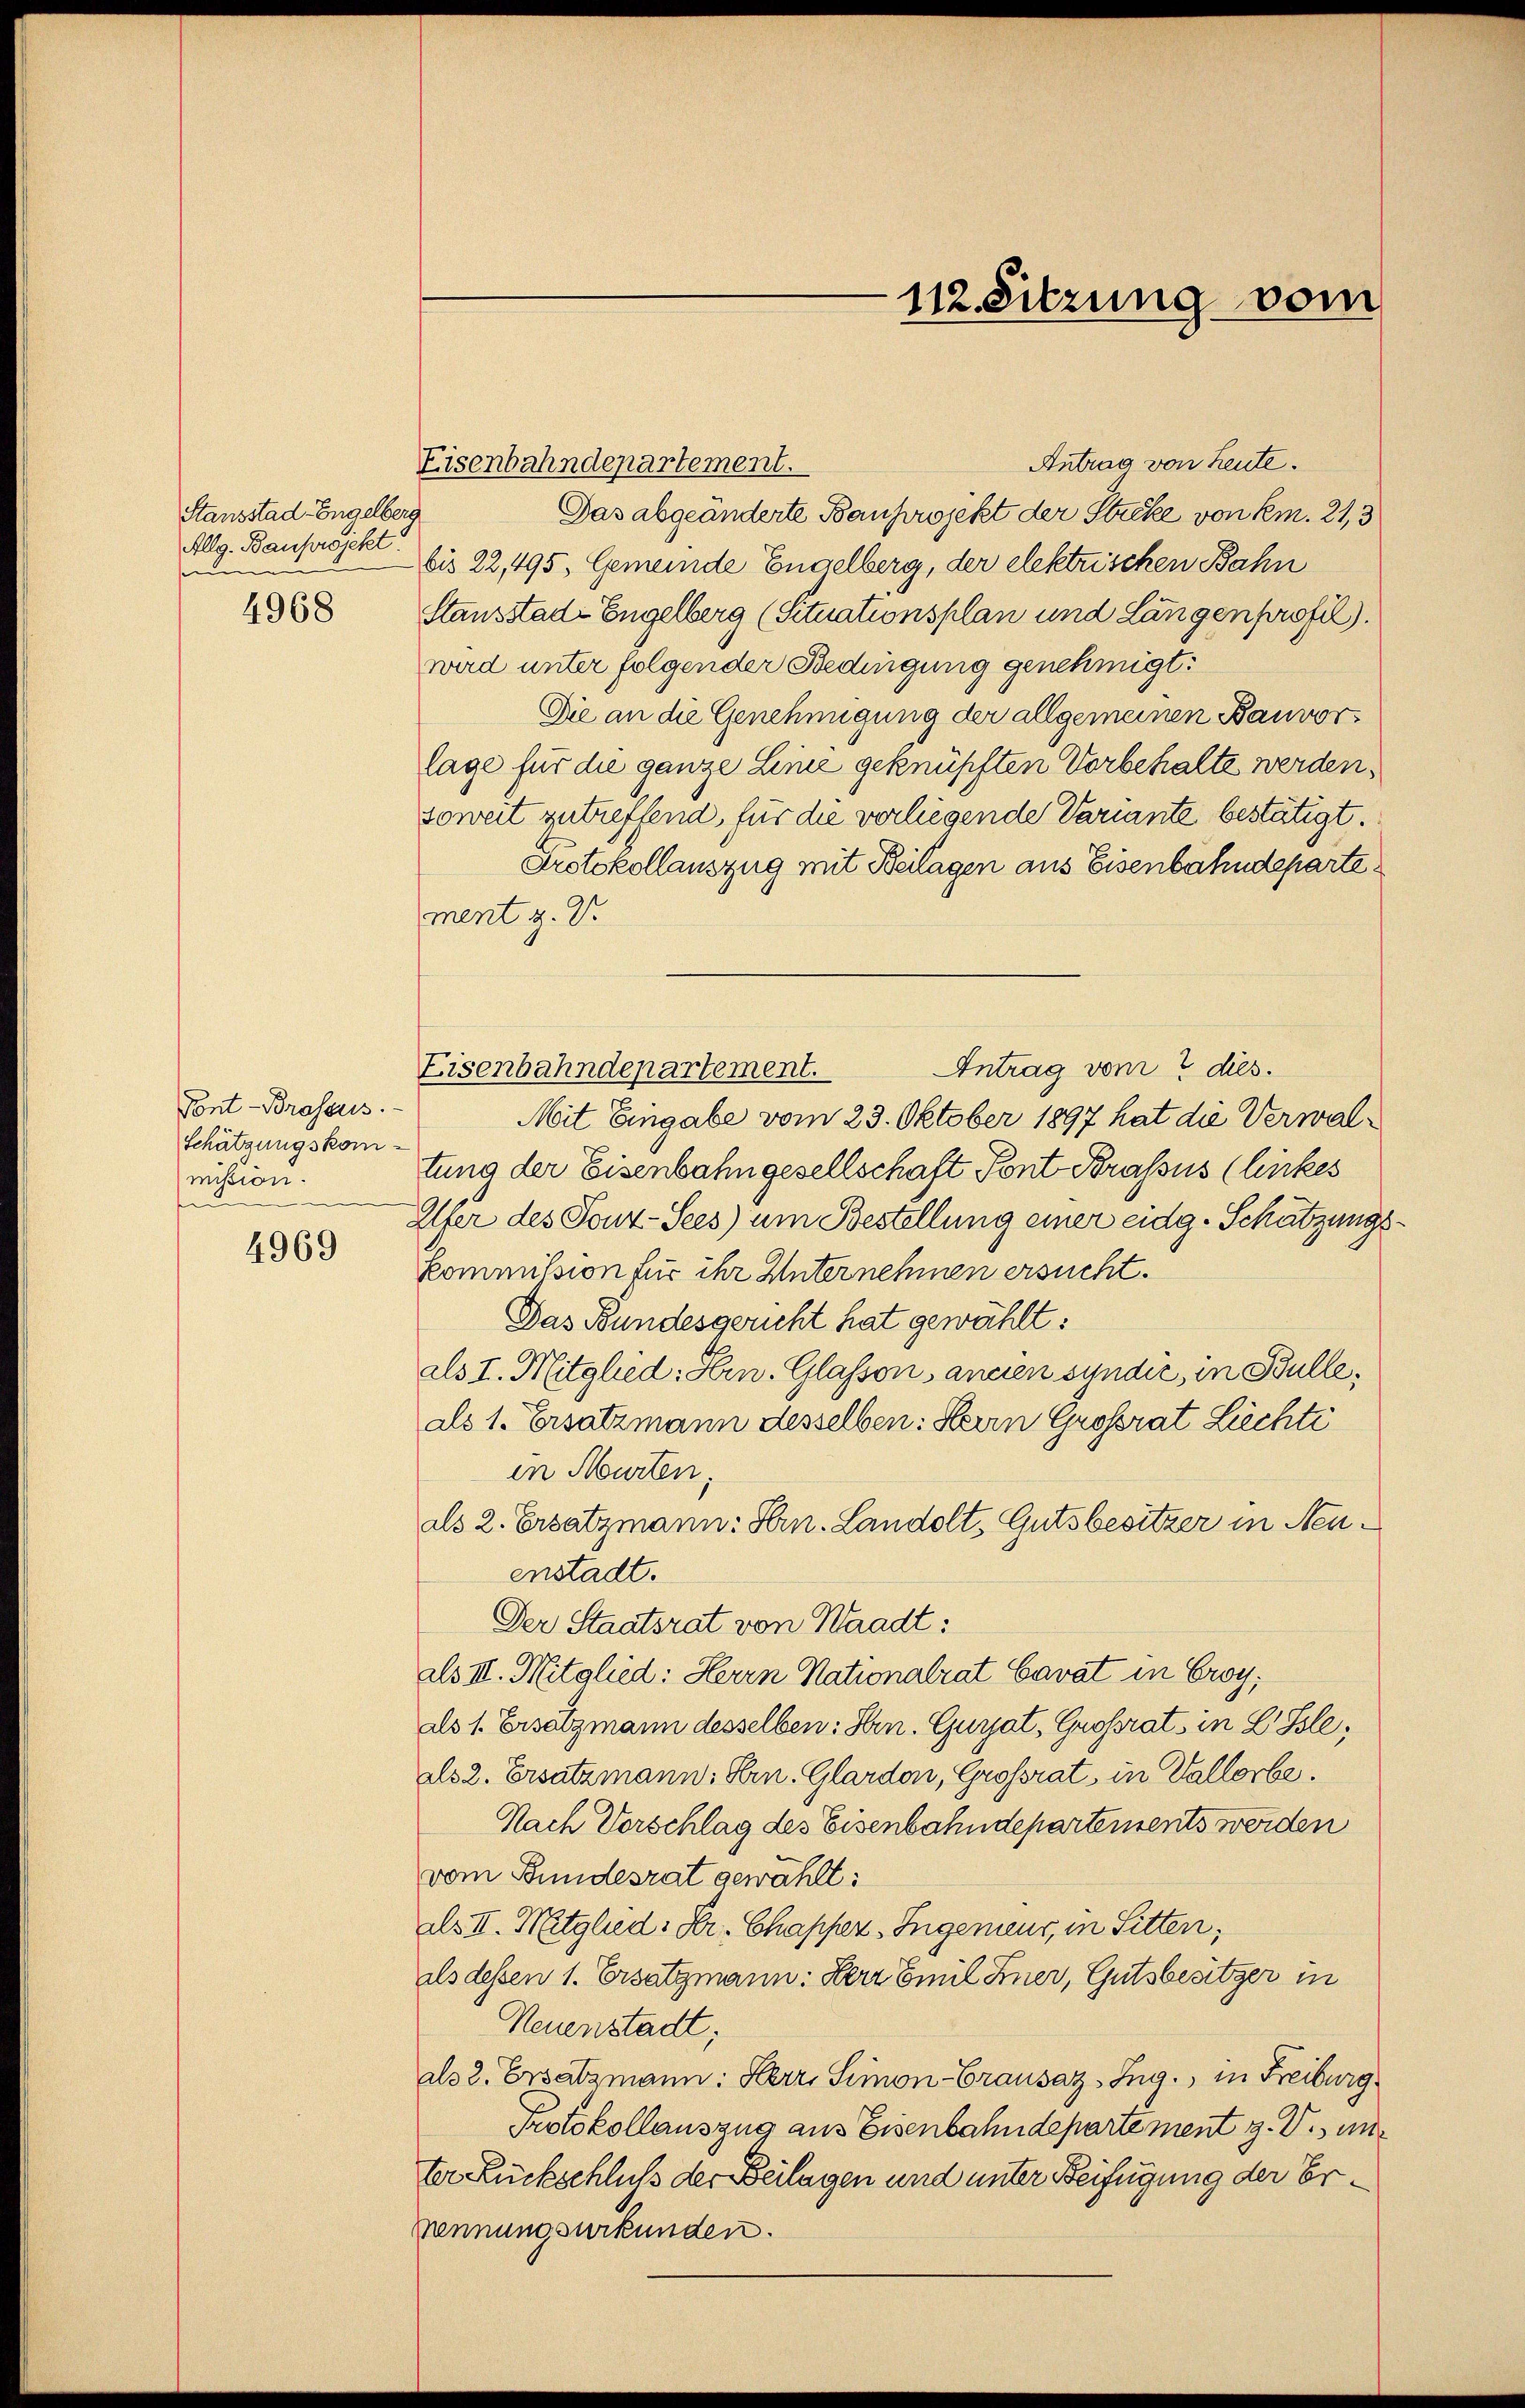
Stausstad Engelberg
Allg. Bauprojekt
e
4968

Tont-Brassus.
Schätzungskommission.
4969

Eisenbahndepartement.

Antrag von heute.
Das abgeänderte Bauprojekt der Sticke von km. 21, 3
bis 22,495, Gemeinde Engelberg, der elektrischen Bahn
Stausstad-Engelberg (Situationsplan und Längenprofil).
wird unter folgender Bedingung genehmigt:
Die an die Genehmigung der allgemeinen Bauvorlage für die ganze Linie geknüpften Vorbehalte werden,
soweit zutreffend, für die verliegende Variante bestätigt.
Protokollauszug mit Beilagen aus Eisenbahndeparte
ment z. B.
Mit Eingabe vom 23. Oktober 1897 hat die Verwaltung der Eisenbahngesellschaft Pont Brassus (lickes
Alfer des Tonz-Sees) um Bestellung einer eidg. Schätzungs
kommission für ihr Unternehmen ersucht.
Das Bundesgericht hat gewählt:
als I. Mitglied: Hern. Glasson, ancien syndić, in Bulle,
als 1. Ersatzmann desselben: Herrn Grossrat Lichti
in Murten.
als 2. Ersatzmann: Hern. Landolt, Gutsbesitzer in Neuenstadt.
Der Staatsrat von Waadt:
als III. Mitglied: Herrn Nationalrat Cavat in Croy,
als 1. Ersatzmann desselben: Hrn. Guiat, Großrat, in L. Isle,
als 2. Ersatzmann: Bern. Glardon, Grossrat in Vallorbe¬
Nach Vorschlag des Eisenbahndepartements werden
vom Bundesrat gewählt:
als II. Mitglied: Hr. Chapper Ingenieur, in Sitten,
als dessen 1. Ersatzmann: Herr Emil Einer, Gutsbesitzer in
Neuenstadt;
als 2. Ersatzmann: Herr, Simon-Gransaz, Ing. in Freiburg
Protokollauszug aus Eisenbahndepartement z. V., unter Rückschluß der Beilagen und unter Beifügung der Er¬
Mennungsurkunden.

Antrag vom 7 dies.
Eisenbahndepartement.

112. Sitzung vom